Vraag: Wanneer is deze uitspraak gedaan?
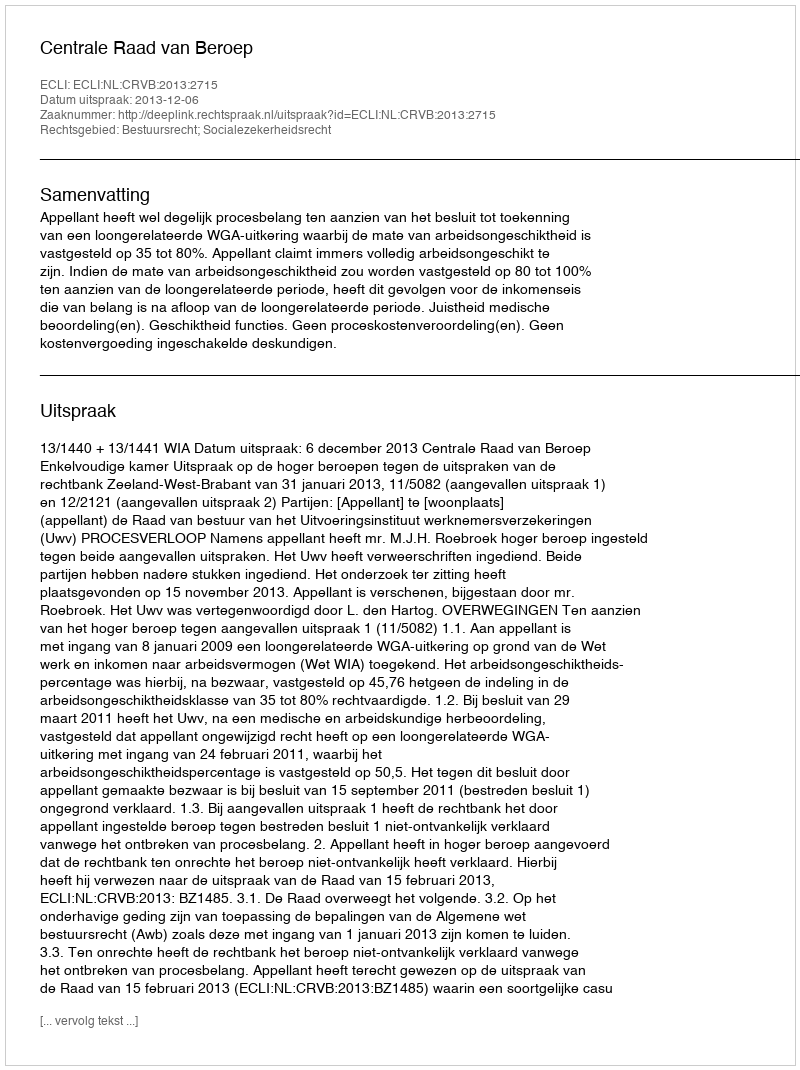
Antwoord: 2013-12-06